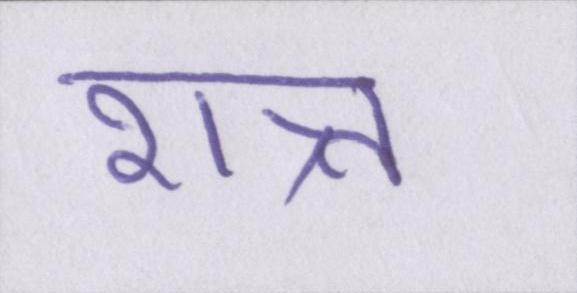
शत्र्त